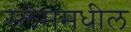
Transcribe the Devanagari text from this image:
स्लॅममधील